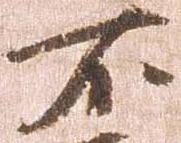
不